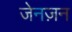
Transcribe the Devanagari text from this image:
जेनज़न